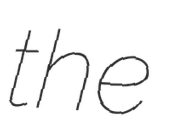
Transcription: the